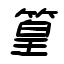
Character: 篁